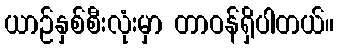
ယာဉ်နှစ်စီးလုံးမှာ တာဝန်ရှိပါတယ်။